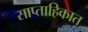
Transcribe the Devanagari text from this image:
साप्‍ताहिकात